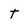
Character: t